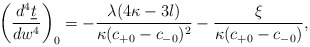
\begin{align*} \left(\frac{d^4\underline{t}}{dw^4}\right)_0=-\frac{\lambda(4\kappa-3l)}{\kappa(c_{+0}-c_{-0})^2}-\frac{\xi}{\kappa(c_{+0}-c_{-0})},\end{align*}